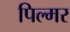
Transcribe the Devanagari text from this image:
पिल्मर